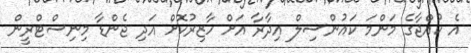
އެ ކުއްޖާގެ މަންމަ ކައުންސިލް އިދާރާ އަށް ހާޒިރުކޮށް އަދި ޖެންޑާ މިނިސްޓްރީން